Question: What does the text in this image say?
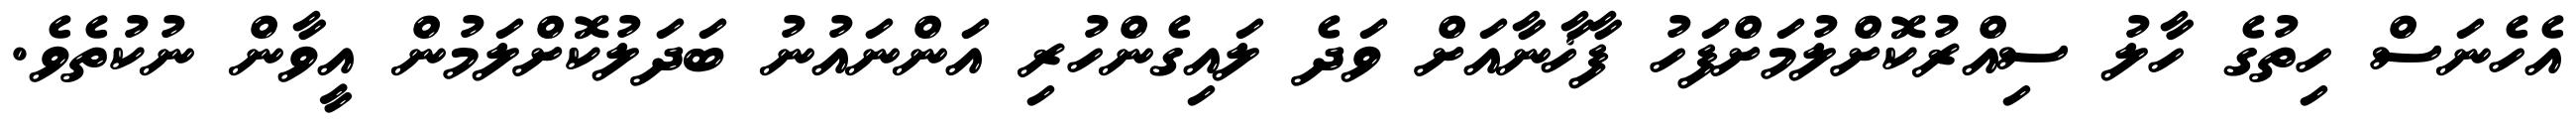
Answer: އެހެނަސް ހިތުގެ ހާލު ސިއްރުކޮށްލުމަށްފަހު ފާޚާނާއަށް ވަދެ ލައިގެންހުރި އަންނައުނު ބަދަލުކޮށްލަމުން އީވާން ނުކުތެވެ.